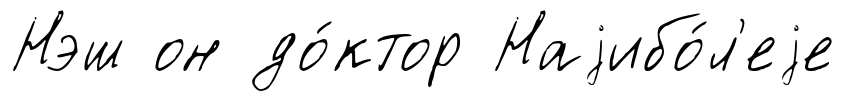
Нэш он до́ктор Наjибо́л'еjе